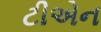
ટીએન